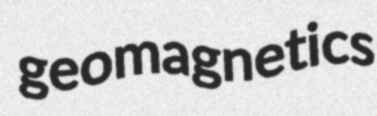
geomagnetics